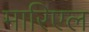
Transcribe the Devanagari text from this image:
मारिएल